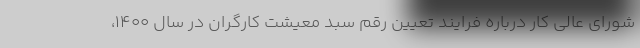
شورای عالی کار درباره فرایند تعیین رقم سبد معیشت کارگران در سال ۱۴۰۰،